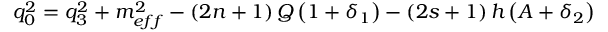
q _ { 0 } ^ { 2 } = q _ { 3 } ^ { 2 } + m _ { e f f } ^ { 2 } - \left( 2 n + 1 \right) Q \left( 1 + \delta _ { 1 } \right) - \left( 2 s + 1 \right) h \left( A + \delta _ { 2 } \right)